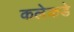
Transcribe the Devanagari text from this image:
कलेकडे